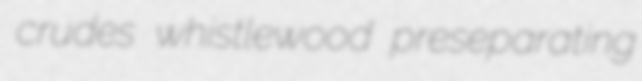
crudes whistlewood preseparating